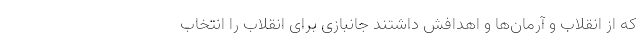
که از انقلاب و آرمان‌ها و اهدافش داشتند جانبازی برای انقلاب را انتخاب